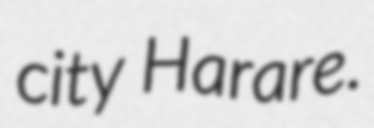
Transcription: city Harare.